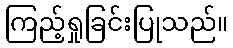
ကြည့်ရှုခြင်းပြုသည်။